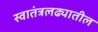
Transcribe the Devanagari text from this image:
स्वातंत्रलढ्यातील